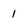
Character: 1